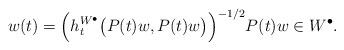
LaTeX: \begin{align*}w(t) = \Big(h_t^{W^\bullet}\big(P(t)w,P(t)w\big)\Big)^{-1/2} P(t)w \in W^\bullet.\end{align*}